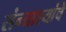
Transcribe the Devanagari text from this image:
संन्याश्यांचे